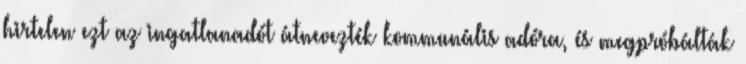
hirtelen ezt az ingatlanadót átnevezték kommunális adóra, és megpróbálták